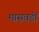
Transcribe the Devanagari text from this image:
मासवडी